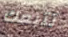
تتبعك